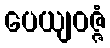
ပေယျဝဇ္ဇံ